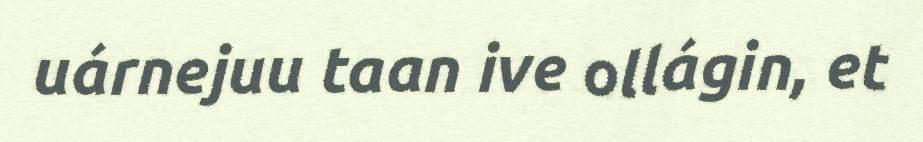
uárnejuu taan ive ollágin, et